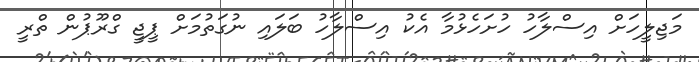
މަޖިލީހަށް އިސްލާހު ހުށަހެޅުމާ އެކު އިސްލާހު ބަލައި ނުގަތުމަށް ޕީޖީ ގްރޫޕުން ތްރީ